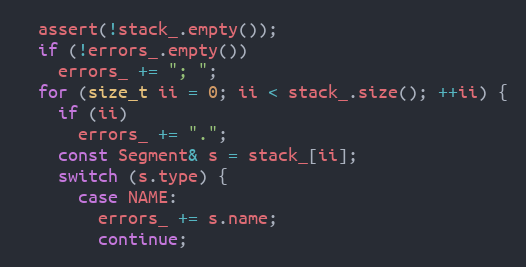
Language: C++
  assert(!stack_.empty());
  if (!errors_.empty())
    errors_ += "; ";
  for (size_t ii = 0; ii < stack_.size(); ++ii) {
    if (ii)
      errors_ += ".";
    const Segment& s = stack_[ii];
    switch (s.type) {
      case NAME:
        errors_ += s.name;
        continue;